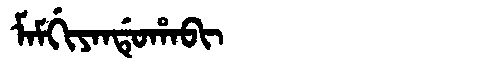
Manchu: ᠮᠠᠮᡤᡳᠶᠠᠨᡩᡠᡥᠠᠪᡳ
Romanization: MAMGIYANDUHABI